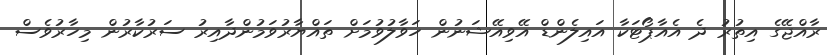
ރާއްޖޭގެ އިތުރު ދެ އެއާޕޯޓަކާ އައިލެންޑް އޭވިއޭޝަނުން ހަވާލުވުމަށް ތައްޔާރުވަމުންދާއިރު ސަރުކާރުން މިހާރުވެސް